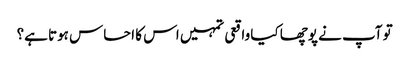
تو آپ نے پوچھا کیا واقعی تمہیں اس کا احساس ہوتا ہے؟